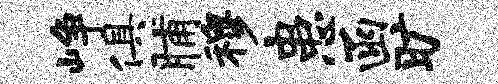
峥俱脯穆患函旷